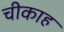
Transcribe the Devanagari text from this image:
चीकाह